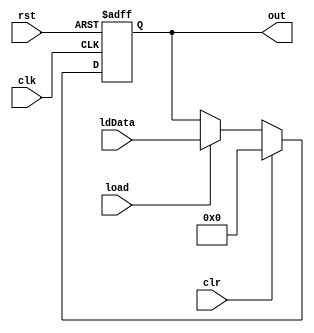
module Register(load, ldData, clr, clk, rst, out);
    parameter N = 32;

    input load, clr, clk, rst;
    input [N-1:0] ldData;
    output [N-1:0] out;
    reg [N-1:0] out;

    always @(posedge clk or posedge rst) begin
        if (rst)
            out <= {N{1'b0}};
		else if (clr)
            out <= {N{1'b0}};
        else if (load)
            out <= ldData;
    end
endmodule